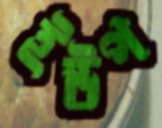
ইউপ